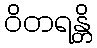
ဝိတရန္တိ